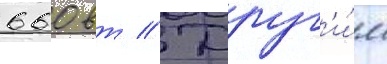
660 вт // Друг'и́м